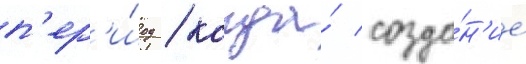
п'ер'и́од / когда́ созда́н'ие